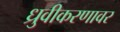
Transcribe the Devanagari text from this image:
ध्रुवीकरणावर